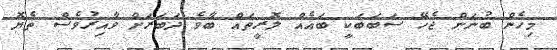
މިހެން ބުނަން ޖެހޭ ސަބަބަކީ ބައެއް ލޮރީތައް ބާވެ ދަބަރަށް ވާއިރުވެސް ތެޔޮ